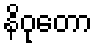
နိဝုတော